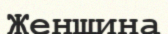
Женщина